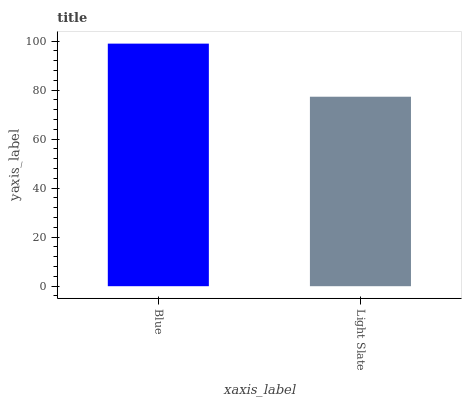
| xaxis_label | bars |
 | --- | --- |
 | Blue | 99 |
 | Light Slate | 77.3 |